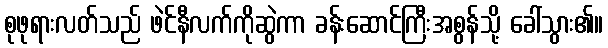
စုဖုရားလတ်သည် ဖဲင်နီလက်ကိုဆွဲကာ ခန်းဆောင်ကြီးအစွန်သို့ ခေါ်သွား၏။